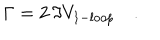
LaTeX: \Gamma = 2 \, \Im V _ { 1 - l o o p } \quad .